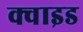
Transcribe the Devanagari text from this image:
क्वाइड